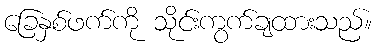
ခြေနှစ်ဖက်ကို သိုင်းကွက်ချထားသည်။